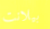
بيلانت